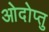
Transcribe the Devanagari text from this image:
ओदोप्तु